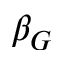
\beta _ { G }